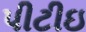
પીટીઇ